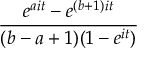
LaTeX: \frac { e ^ { a i t } - e ^ { ( b + 1 ) i t } } { ( b - a + 1 ) ( 1 - e ^ { i t } ) }